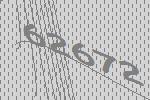
62672